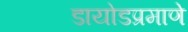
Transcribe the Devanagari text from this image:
डायोडप्रमाणे